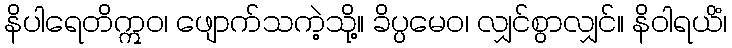
နိပါရေတိဣဝ၊ ဖျောက်သကဲ့သို့။ ခိပ္ပမေဝ၊ လျှင်စွာလျှင်။ နိဝါရယိံ၊